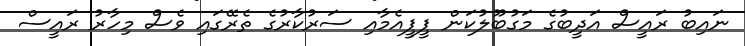
ނައިބު ރައީސް އަދީބުގެ މަގުބޫލުކަން ޕީޕީއެމާއި ސަރުކާރުގެ ތެރޭގައި ވެސް މިހާރު ރައީސް